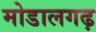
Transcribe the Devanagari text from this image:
मोडालगढ़